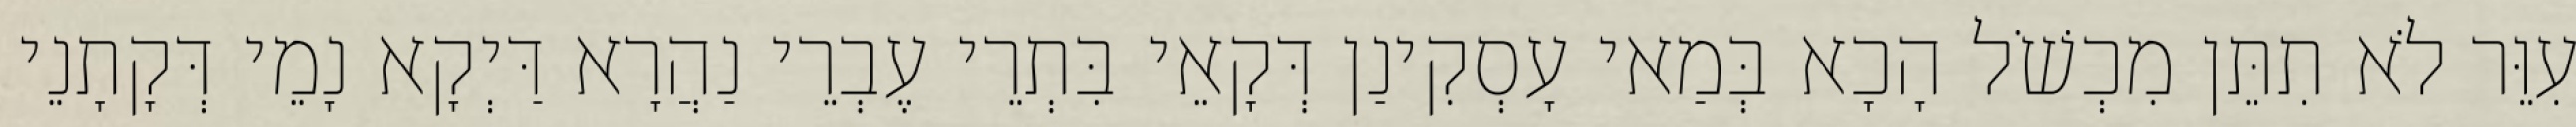
עִוֵּר לֹא תִתֵּן מִכְשֹׁל הָכָא בְּמַאי עָסְקִינַן דְּקָאֵי בִּתְרֵי עֶבְרֵי נַהֲרָא דַּיְקָא נָמֵי דְּקָתָנֵי